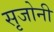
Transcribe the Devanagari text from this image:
सृजोनी